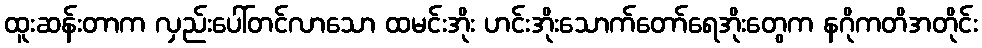
ထူးဆန်းတာက လှည်းပေါ်တင်လာသော ထမင်းအိုး ဟင်းအိုးသောက်တော်ရေအိုးတွေက နဂိုကတိအတိုင်း